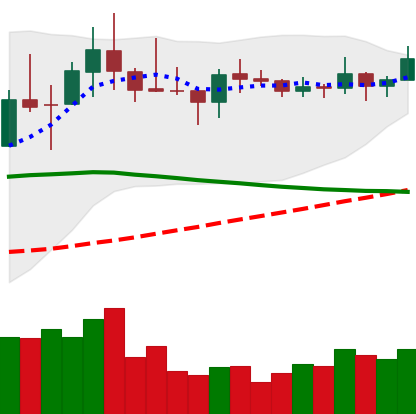
Ticker: LINK-USD
Chart end date: 2019-11-09
Forward return: 9.24%
Label: up_7plus